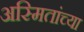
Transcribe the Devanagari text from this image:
अस्मितांच्या